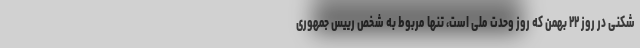
شکنی در روز ۲۲ بهمن که روز وحدت ملی است، تنها مربوط به شخص رییس جمهوری